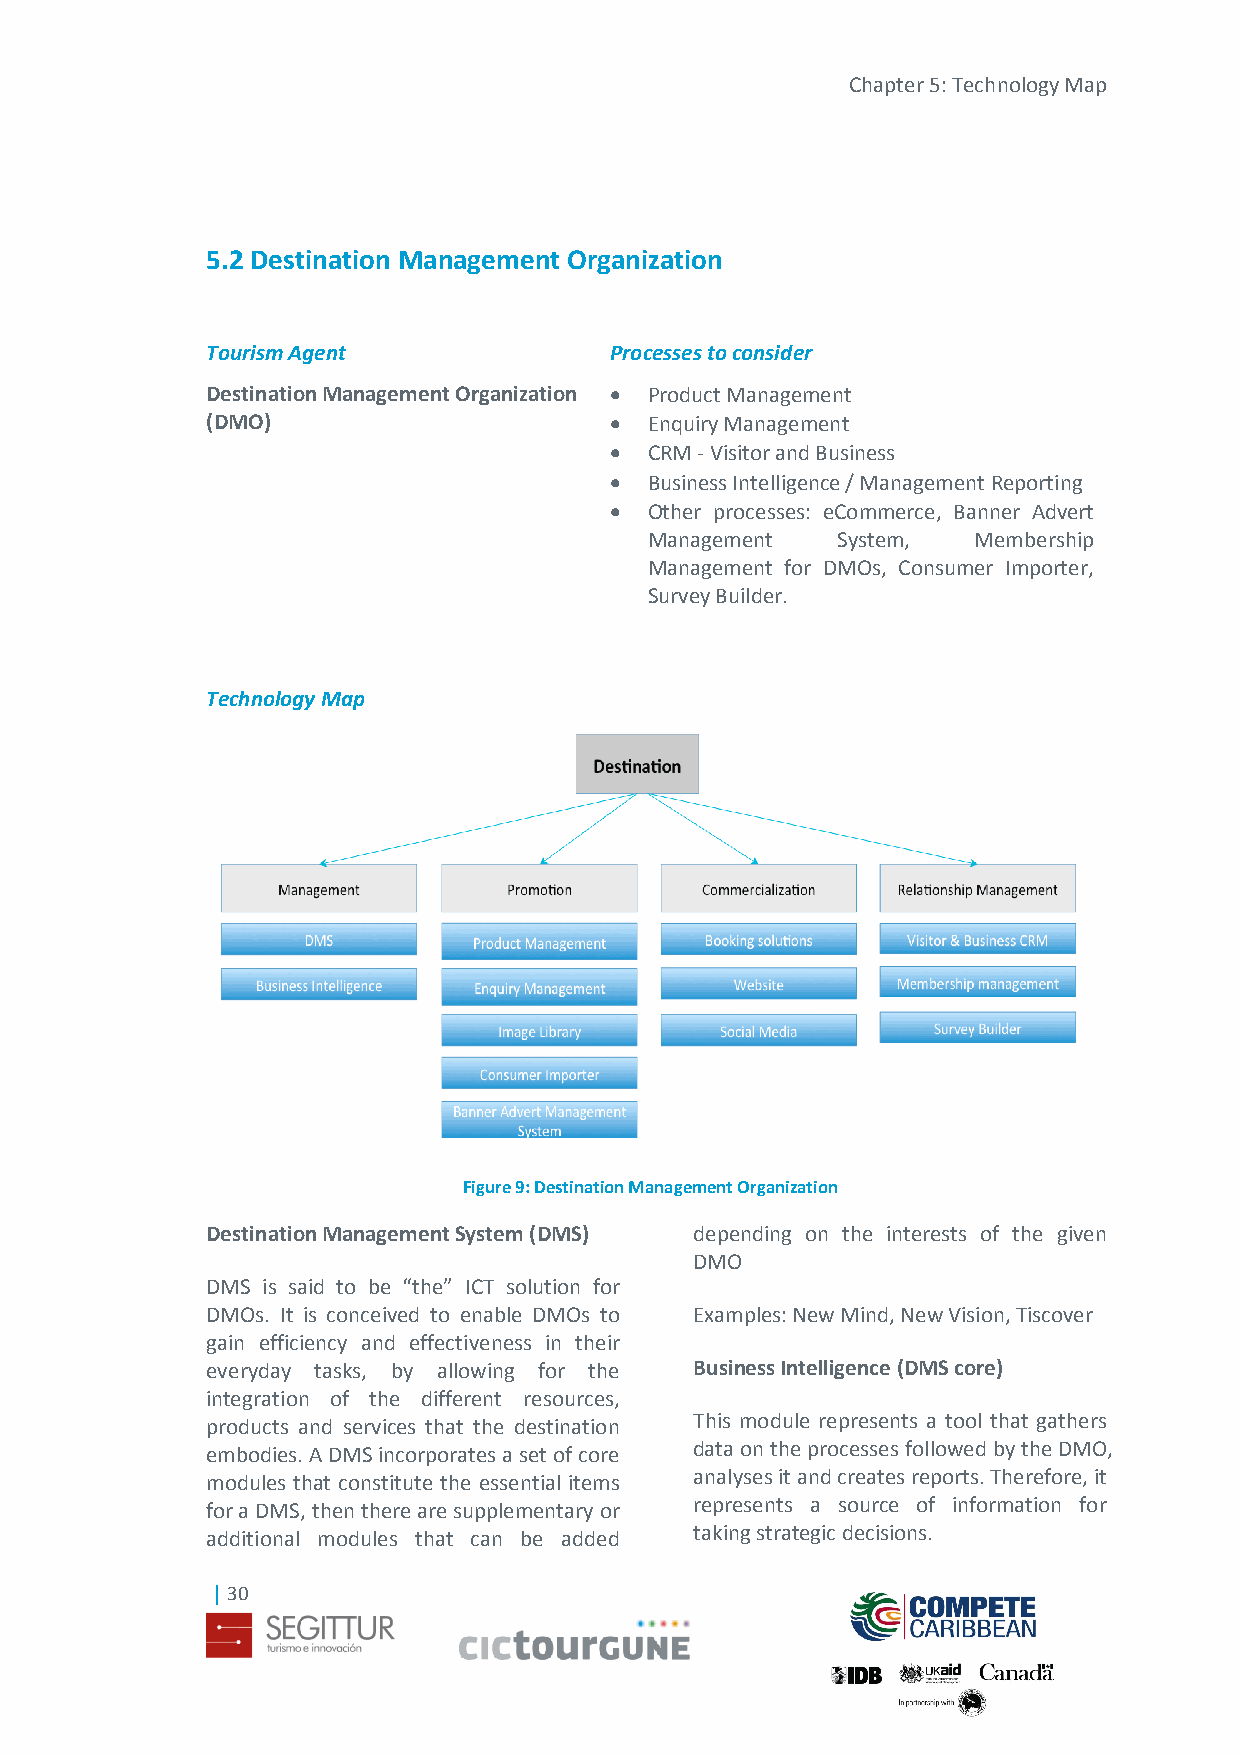
Chapter 5: Technology Map
 5.2 Destination Management Organization
 Tourism Agent             Processes to consider
 Destination Management Organization  Product Management
 (DMO)                       Enquiry Management
   CRM - Visitor and Business
   Business Intelligence / Management Reporting
   Other processes: eCommerce, Banner Advert
 Management  System,   Membership
 Management for DMOs, Consumer Importer,
 Survey Builder.
 Technology Map
 Figure 9: Destination Management Organization
 Destination Management System (DMS) depending on the interests of the given
 DMO
 DMS is said to be “the” ICT solution for
 DMOs. It is conceived to enable DMOs to Examples: New Mind, New Vision, Tiscover
 gain efficiency and effectiveness in their
 everyday tasks, by allowing for the Business Intelligence (DMS core)
 integration of the different resources,
 products and services that the destination This module represents a tool that gathers
 embodies. A DMS incorporates a set of core data on the processes followed by the DMO,
 modules that constitute the essential items analyses it and creates reports. Therefore, it
 for a DMS, then there are supplementary or represents a source of information for
 additional modules that can be added taking strategic decisions.
 | 30